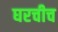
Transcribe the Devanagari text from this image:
घरचीच